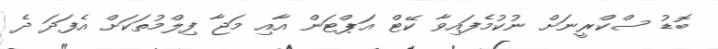
ބޮޑު ސްކްރީނަށް ނުކުމެފައިވާ ކޭޓް އަޕްޓަން އާއި މަޖާ ފިލްމުތަކަށް އެފަދަ ދެ